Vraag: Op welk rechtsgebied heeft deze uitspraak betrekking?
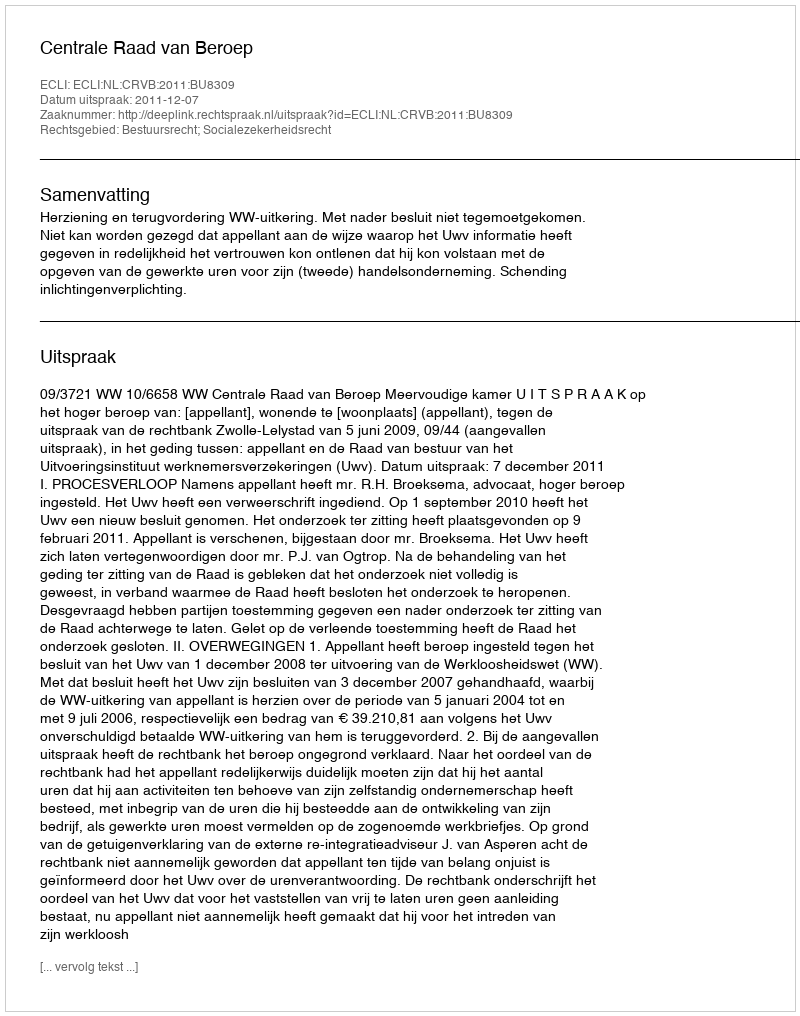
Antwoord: Bestuursrecht; Socialezekerheidsrecht